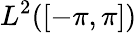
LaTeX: L^{2}([-\pi,\pi])